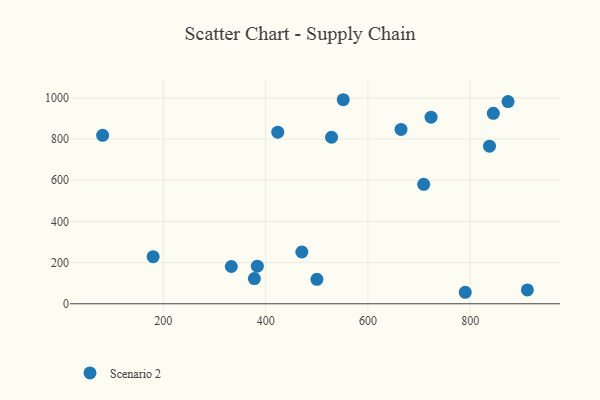
{"axis": {"x": "Speed", "y": "Fuel Efficiency"}, "legend": ["Scenario 2"], "data": [{"x": "528.9", "y": 808.9, "type": "Scenario 2"}, {"x": "180.0", "y": 228.7, "type": "Scenario 2"}, {"x": "837.8", "y": 765.4, "type": "Scenario 2"}, {"x": "723.5", "y": 906.2, "type": "Scenario 2"}, {"x": "81.2", "y": 818.1, "type": "Scenario 2"}, {"x": "332.9", "y": 181.1, "type": "Scenario 2"}, {"x": "845.3", "y": 925.2, "type": "Scenario 2"}, {"x": "790.4", "y": 55.9, "type": "Scenario 2"}, {"x": "551.8", "y": 991.2, "type": "Scenario 2"}, {"x": "664.8", "y": 846.8, "type": "Scenario 2"}, {"x": "378.0", "y": 122.5, "type": "Scenario 2"}, {"x": "383.8", "y": 182.7, "type": "Scenario 2"}, {"x": "500.3", "y": 119.0, "type": "Scenario 2"}, {"x": "911.9", "y": 67.5, "type": "Scenario 2"}, {"x": "709.1", "y": 580.5, "type": "Scenario 2"}, {"x": "423.7", "y": 833.7, "type": "Scenario 2"}, {"x": "874.1", "y": 982.3, "type": "Scenario 2"}, {"x": "470.8", "y": 251.6, "type": "Scenario 2"}]}